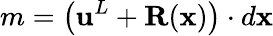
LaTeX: m=\left(\mathbf{u}^{L}+\mathbf{R}(\mathbf{x})\right)\cdot d\mathbf{x}